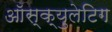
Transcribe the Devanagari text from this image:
ऑस्क्युलेटिग